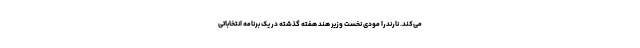
می‌کند. نارندرا مودی نخست وزیر هند هفته گذشته در یک برنامه انتخاباتی